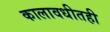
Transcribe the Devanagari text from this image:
कालावधीतही